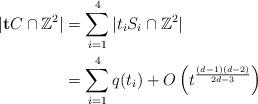
LaTeX: \begin{align*} |\textbf{t}C \cap \mathbb{Z}^2|&= \sum_{i=1}^{4} |t_i S_i \cap \mathbb{Z}^2|\\ &= \sum_{i=1}^{4} q(t_i)+ O \left( t_{}^{\frac{(d-1)(d-2)}{2d-3}} \right)\end{align*}